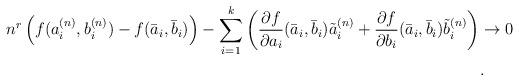
LaTeX: \begin{align*}n^r \left( f(a_i^{(n)}, b_i^{(n)}) - f(\bar a_i, \bar b_i)\right) - \sum_{i = 1}^k \left(\frac{\partial f}{\partial a_i}(\bar a_i, \bar b_i) \tilde a_i^{(n)} + \frac{\partial f}{\partial b_i}(\bar a_i, \bar b_i) \tilde b_i^{(n)} \right) &\to 0 \\&.\end{align*}